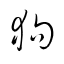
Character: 狗